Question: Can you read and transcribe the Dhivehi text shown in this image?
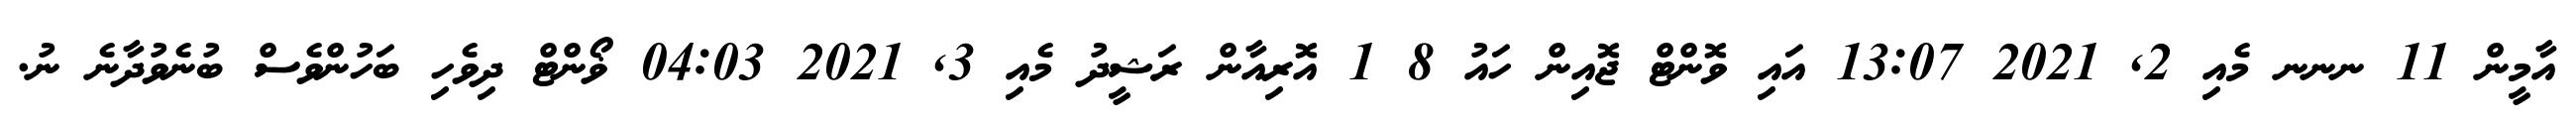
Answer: އާމީން 11 ނނނ މެއި 2, 2021 13:07 އައި ވޮންޓް ޖޮއިން ހައު 8 1 އޮރިއާން ރަޝީދު މެއި 3, 2021 04:03 ޥޯންޓް ދިވެހި ބަހުންވެސް ބުނެވުދާނެ ނު.